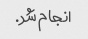
انجام شد.